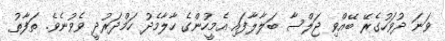
ވަނަ ދުވަހުގެރޭ ބޭއްވި ޖަލްސާ ބަލާލާފައި އެމީހުންގެ ހާލާމެދު ހަމްދަރުދީ ވެވުނެވެ. ތަފާތު